Annual report on the health of the army in India
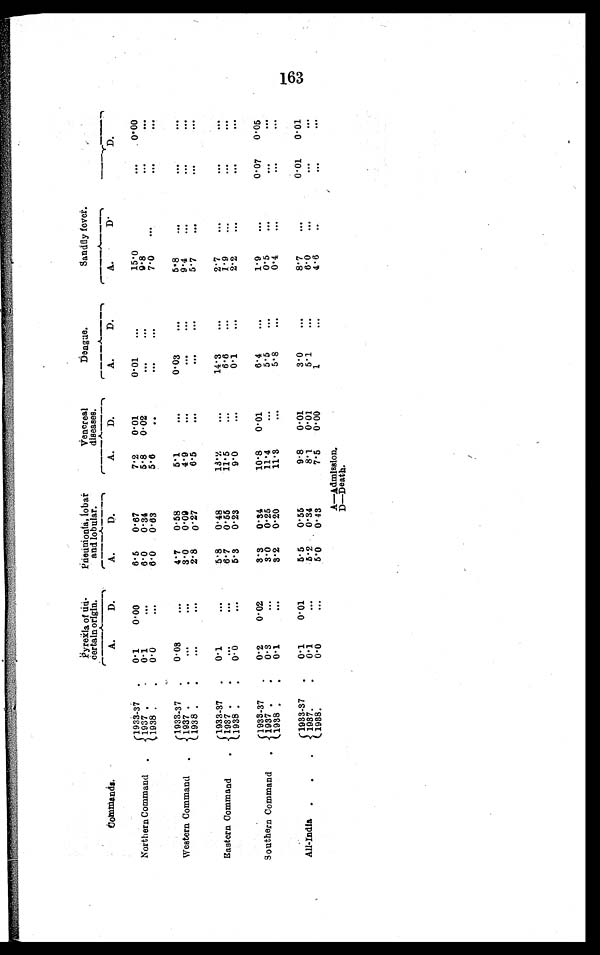
Pyrexla of un-
certain origin.
Pneumonla, lobar
and lobular.
Venereal
diseases.
Dengue.
Sandfly fever.
Commands..
A.
D.
A.
D .
A.
D.
A.
D.
A.
D.
D.
Northern Command . . .
1933-37
0.1
0.00
6.5
0.67
7.2
0.01
0.01
. . .
15.0
. . .
0.00
9.8
. . .
. . .
1937
0.1
. . .
6.0
0.34
5.8
0. 0 2
. . . . . .
1938
0.0
. . .
6.0
0.63
5.6
. . .
. . . . . .
7.0 . . .
. . .
. . .
Western Command . . .
1 9 3 3 - 3 7 0.08
. . . 4.7
0.58
5.1
. . .
0.03
. . .
5.8
. . .
. . .
. . .
1937
. . .
. . . 3.0
0. 09
4.9
. . .
. . .
. . .
9 . 4 . . .
. . .
. . .
1938
. . .
. . .
2.8
0.27
6.5
. . .
. . .
. . .
5.7 . . .
. . .
. . .
Eastern Command . . .
1933-37
0.1
. . . 5.8
0.48
13.2
. . .
14.3
. . .
2.7 . . .
. . .
. . .
1937
. . .
. . .
6.7
0.55
11.5
. . .
6.6
. . .
1.9 . . .
. . .
. . .
1938
0.0
. . . 5.3
0.23
9.0
. . .
0.1
. . .
2.2 . . .
. . .
. . .
Southern Command . . .
1933-37
0.2
0.02
3.3
0.34
10.8
0.01
6.4
. . .
1.9
. . .
0.07
0.05
5.5
. . .
0.5
. . .
. . .
. . .
1937
0.3
. . . 3.0
0.25
11.4
. . .
1938
0.1
. . . 3.2
0.20
11.3
. . .
5.8
. . .
0.4
. . .
. . .
. . .
All-India . . .
1933-37
0.1
0.01
5.5
0.55
9.8
0.01
3.0
. . .
8.7
. . .
0.01
0.01
5.1
. . .
6 . 0
. . .
. . .
. . .
1937
0.1
. . . 5.2 0.34
8.1
0.01
1938
0.0
. . . 5.0
0.43
7.5
0.00
1
. . .
4.6
. . .
. . .
. . .
A—Admission.
D—Death.
163